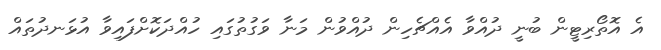
އެ އޮތޯރިޓީން ބުނީ ދުއްވާ އެއްޗެހިން ދުއްވުން މަނާ ވަގުތުގައި ހުއްދަކޮށްފައިވާ އުޅަނދުތައް